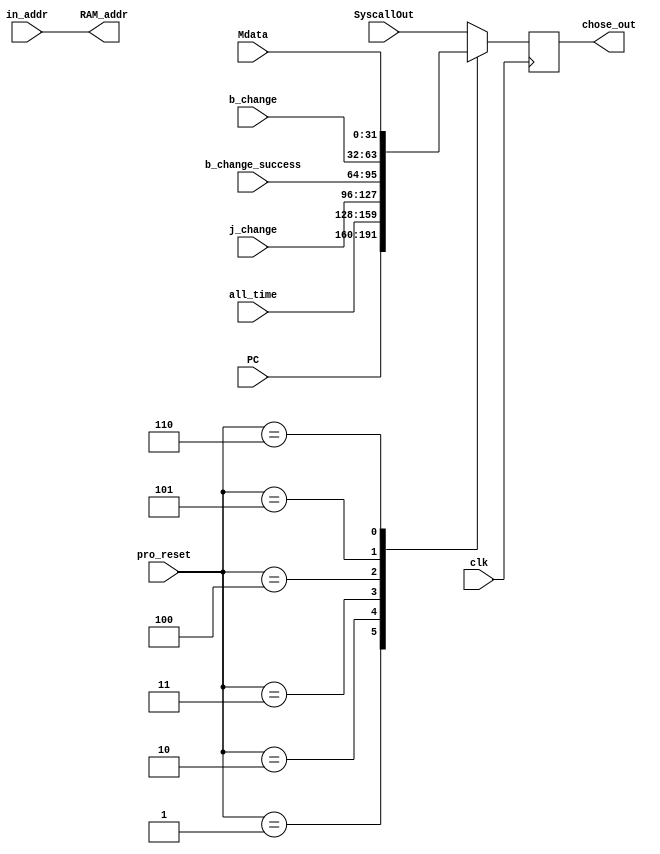
`timescale 1ns / 1ps
//////////////////////////////////////////////////////////////////////////////////
// Company: 
// Engineer: 
// 
// Design Name: 
// Module Name: change_type
// Project Name: 
// Target Devices: 
// Tool Versions: 
// Description: 
// 
// Dependencies: 
// 
// Revision:
// Revision 0.01 - File Created
// Additional Comments:
// 
//////////////////////////////////////////////////////////////////////////////////
module change_type(clk,SyscallOut,Mdata,PC,all_time,j_change,b_change,b_change_success,pro_reset,in_addr,chose_out,RAM_addr);
input clk;
input [31:0]SyscallOut; //
input [31:0]Mdata;
input [31:0]PC;   //pc
input [31:0]all_time;  //16
input [31:0]j_change;  //
input [31:0]b_change;  //
input [31:0]b_change_success ;  //
//input reset;  //
input [2:0]pro_reset;   //3
input [11:0]in_addr;   //12

output reg [31:0]chose_out;   //31
output [11:0]RAM_addr;    //

assign RAM_addr=in_addr;    //

always @(posedge clk)
begin
   case(pro_reset)
    3'b001:begin
      chose_out[31:0]<=PC;
    end
    3'b010:begin
      chose_out[31:0]<=all_time;
    end
    3'b011:begin
      chose_out[31:0]<=j_change;
    end
    3'b100:begin
      chose_out[31:0]<=b_change_success;
    end
    3'b101:begin
      chose_out[31:0]<=b_change;
    end
    3'b110:begin
      chose_out[31:0]<=Mdata;
    end
    default:chose_out <= SyscallOut;
  endcase
end

endmodule